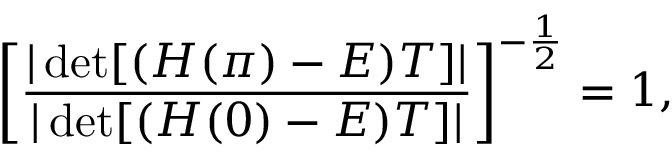
\left[ \frac { | \operatorname* { d e t } [ ( H ( \pi ) - E ) T ] | } { | \operatorname* { d e t } [ ( H ( 0 ) - E ) T ] | } \right] ^ { - \frac { 1 } { 2 } } = 1 ,